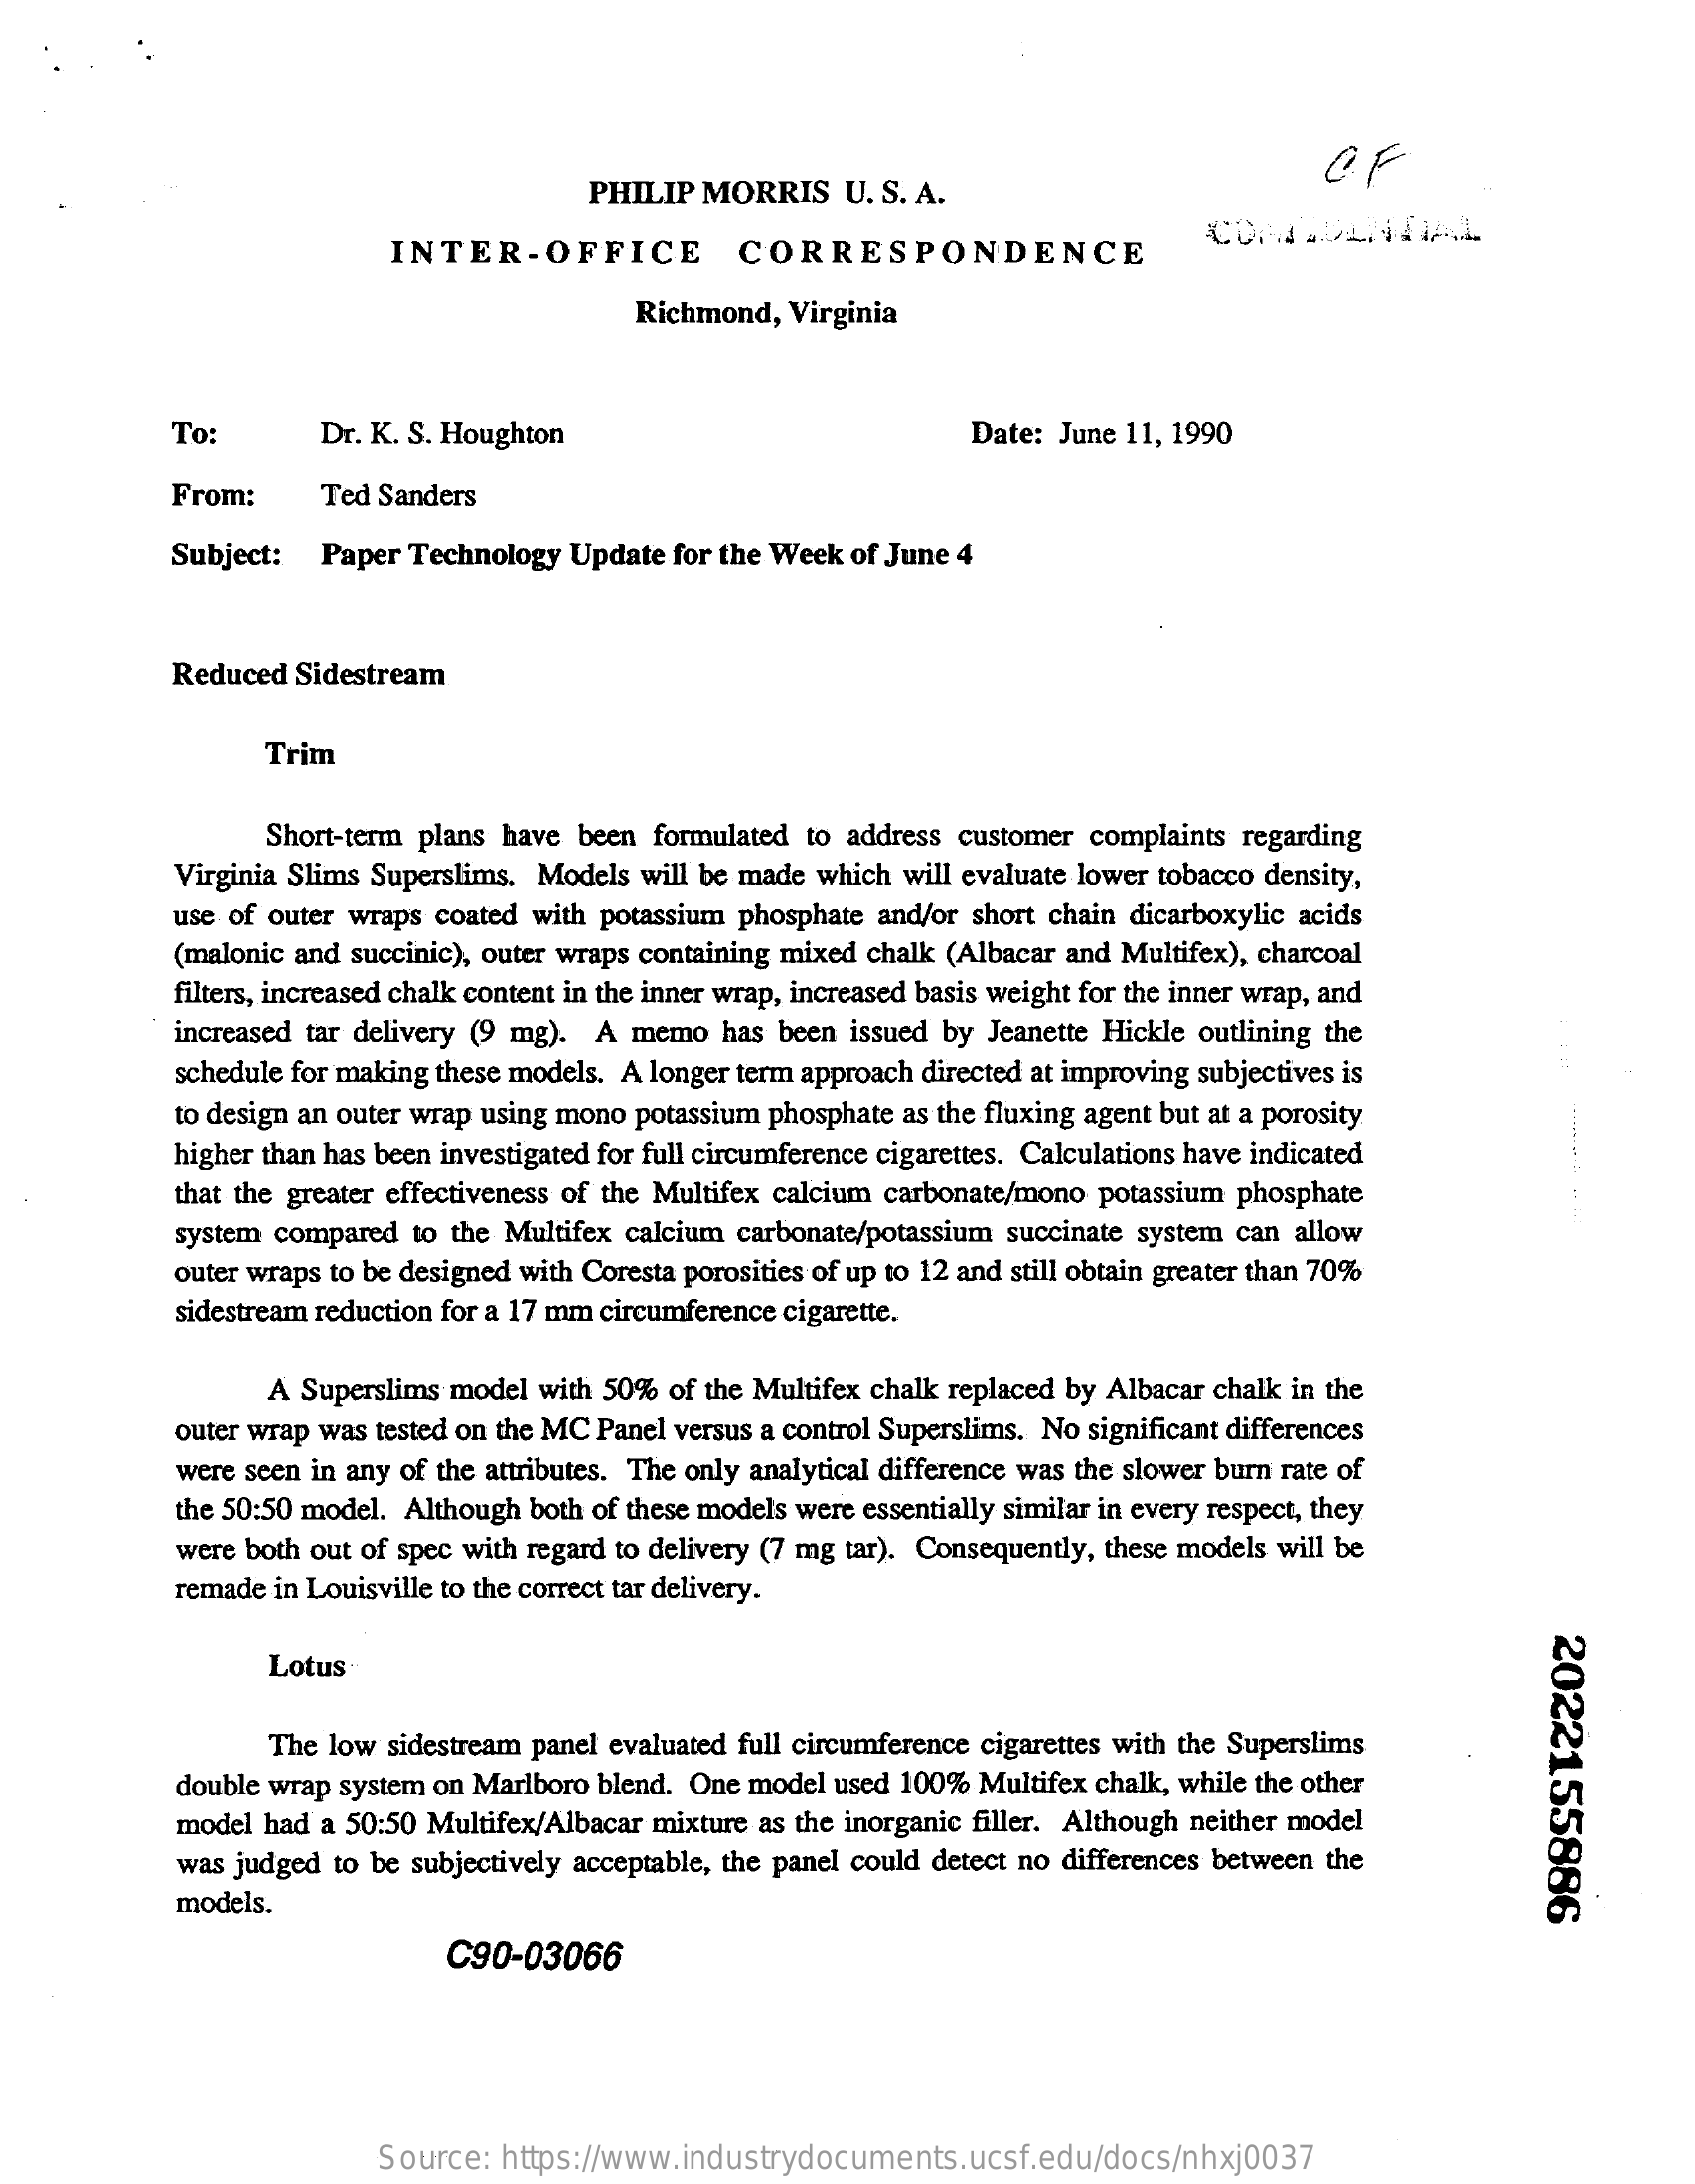
OF
     PHILIP  MORRIS    U. S. A.
     INTER-OFFICE    CORRESPONDENCE
     COMDLNAAL
     Richmond,  Virginia
     To:    Dr. K. S. Houghton    Date: June 11, 1990
     From:    Ted Sanders
     Subject:   Paper Technology  Update for the Week of June 4
     Reduced  Sidestream
     Trim
     Short-term plans have been formulated to address customer complaints regarding
     Virginia Slims Superslims. Models will be made which will evaluate lower tobacco density,
     use of outer wraps coated with potassium phosphate and/or short chain dicarboxylic acids
     (malonic and succinic), outer wraps containing mixed chalk (Albacar and Multifex), charcoal
     filters, increased chalk content in the inner wrap, increased basis weight for the inner wrap, and
     increased tar delivery (9 mg). A memo has been issued by Jeanette Hickle outlining the
     schedule for making these models. A longer term approach directed at improving subjectives is
     to design an outer wrap using mono potassium phosphate as the fluxing agent but at a porosity
     higher than has been investigated for full circumference cigarettes. Calculations have indicated
     that the greater effectiveness of the Multifex calcium carbonate/mono potassium phosphate
     system compared to the Multifex calcium carbonate/potassium succinate system can allow
     outer wraps to be designed with Coresta porosities of up to 12 and still obtain greater than 70%
     sidestream reduction for a 17 mm circumference cigarette.
     A Superslims model with 50%  of the Multifex chalk replaced by Albacar chalk in the
     outer wrap was tested on the MC Panel versus a control Superslims. No significant differences
     were seen in any of the attributes. The only analytical difference was the slower burn rate of
     the 50:50 model. Although both of these models were essentially similar in every respect, they
     were both out of spec with regard to delivery (7 mg tar). Consequently, these models will be
     remade in Louisville to the correct tar delivery.
     2022155886
     Lotus
     The low  sidestream panel evaluated full circumference cigarettes with the Superslims
     double wrap system on Marlboro blend. One model used 100% Multifex chalk, while the other
     model had a 50:50 Multifex/Albacar mixture as the inorganic filler. Although neither model
     was judged to be subjectively acceptable, the panel could detect no differences between the
     models.
     C90-03066
     Source:  https://www.industrydocuments.ucsf.edu/docs/nhxj0037